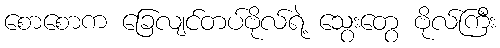
စောစောက ခြေလျင်တပ်ဗိုလ်ရဲ့ သွေးတွေ ဗိုလ်ကြီး